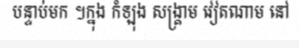
បន្ទាប់មក ។ក្នុង កំឡុង សង្គ្រាម វៀតណាម នៅ